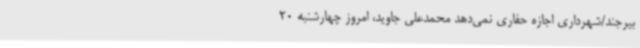
بیرجند/شهرداری اجازه حفاری نمی‌دهد محمدعلی جاوید، امروز چهارشنبه 20